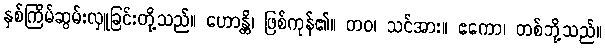
နှစ်ကြိမ်ဆွမ်းလှူခြင်းတို့သည်။ ဟောန္တိ၊ ဖြစ်ကုန်၏။ တဝ၊ သင်အား။ ဧကော၊ တစ်ဘို့သည်။